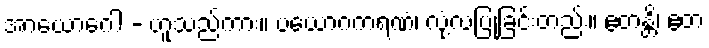
အာယောဂေါ - ဟူသည်ကား။ ပယောဂကရဏံ၊ လုံ့လပြုခြင်းတည်း။ ဧတန္တိ၊ ဧတံ